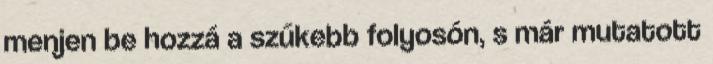
menjen be hozzá a szűkebb folyosón, s már mutatott